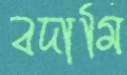
বদামি